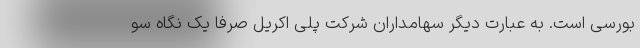
بورسی است. به عبارت دیگر سهامداران شرکت پلی اکریل صرفا یک نگاه سو